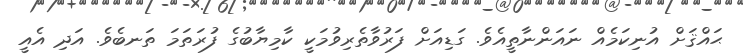
ޙައްޤަށް އުނިކަމެއް ނައަންނާތީއެވެ. ގަޑިއަށް ފަރުވާތެރިވުމަކީ ކާމިޔާބުގެ ފުރަތަމަ ތަނބެވެ. އަދި އެއީ